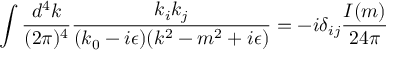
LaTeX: \int { \frac { d ^ { 4 } k } { ( 2 \pi ) ^ { 4 } } } { \frac { k _ { i } k _ { j } } { ( k _ { 0 } - i \epsilon ) ( k ^ { 2 } - m ^ { 2 } + i \epsilon ) } } = - i \delta _ { i j } { \frac { I ( m ) } { 2 4 \pi } }